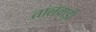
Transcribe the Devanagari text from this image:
तालवाड़ी